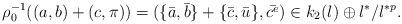
LaTeX: \begin{align*} \rho_0^{-1}((a,b)+(c,\pi))= (\{\bar{a},\bar{b}\}+\{\bar{c},\bar{u}\},\bar{c^e}) \in k_2(l) \oplus l^*/ l^{*p}. \end{align*}